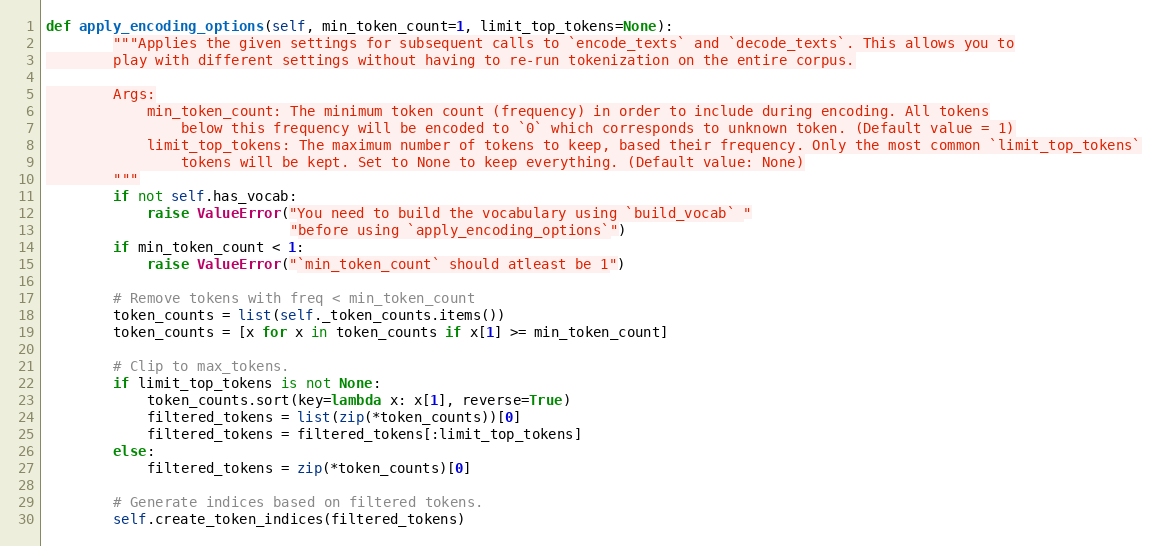
Language: Python
def apply_encoding_options(self, min_token_count=1, limit_top_tokens=None):
        """Applies the given settings for subsequent calls to `encode_texts` and `decode_texts`. This allows you to
        play with different settings without having to re-run tokenization on the entire corpus.

        Args:
            min_token_count: The minimum token count (frequency) in order to include during encoding. All tokens
                below this frequency will be encoded to `0` which corresponds to unknown token. (Default value = 1)
            limit_top_tokens: The maximum number of tokens to keep, based their frequency. Only the most common `limit_top_tokens`
                tokens will be kept. Set to None to keep everything. (Default value: None)
        """
        if not self.has_vocab:
            raise ValueError("You need to build the vocabulary using `build_vocab` "
                             "before using `apply_encoding_options`")
        if min_token_count < 1:
            raise ValueError("`min_token_count` should atleast be 1")

        # Remove tokens with freq < min_token_count
        token_counts = list(self._token_counts.items())
        token_counts = [x for x in token_counts if x[1] >= min_token_count]

        # Clip to max_tokens.
        if limit_top_tokens is not None:
            token_counts.sort(key=lambda x: x[1], reverse=True)
            filtered_tokens = list(zip(*token_counts))[0]
            filtered_tokens = filtered_tokens[:limit_top_tokens]
        else:
            filtered_tokens = zip(*token_counts)[0]

        # Generate indices based on filtered tokens.
        self.create_token_indices(filtered_tokens)